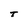
Character: T